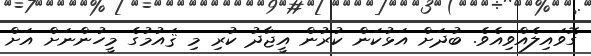
ގޮވައިލެއްވިއެވެ. ބުދަށް އަޅުކަން ކުރުން އީޖާދު ކުރި މި ޤައުމުގެ މީހުންނަށް އަށް